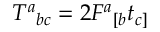
T ^ { a } { } _ { b c } = 2 F ^ { a } { } _ { [ b } t _ { c ] }